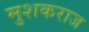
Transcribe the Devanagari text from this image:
मुशकराज